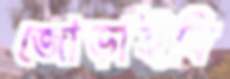
জোড়াইবি